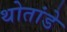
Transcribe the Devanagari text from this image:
थोतांडे